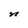
Character: n